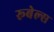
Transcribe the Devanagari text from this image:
रूबेल्स